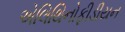
એલિથિનોફીડીયન